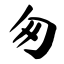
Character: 匆